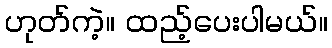
ဟုတ်ကဲ့။ ထည့်ပေးပါမယ်။